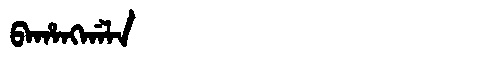
Manchu: ᠪᠠᡥᠠᠩᡤᠠᠯᠠ
Romanization: BAHANGGALA